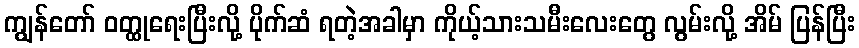
ကျွန်တော် ဝတ္ထုရေးပြီးလို့ ပိုက်ဆံ ရတဲ့အခါမှာ ကိုယ့်သားသမီးလေးတွေ လွမ်းလို့ အိမ် ပြန်ပြီး